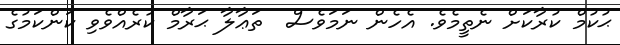
ޙުކުމް ކުރާކަށް ނެތީމެވެ. އެހެން ނަމަވެސް  ތަޢާލާ ޙަރާމް ކުރެއްވެވި ކަންކަމުގެ